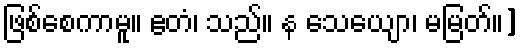
ဖြစ်စေကာမူ။ ဧတံ၊ သည်။ န သေယျော၊ မမြတ်။]